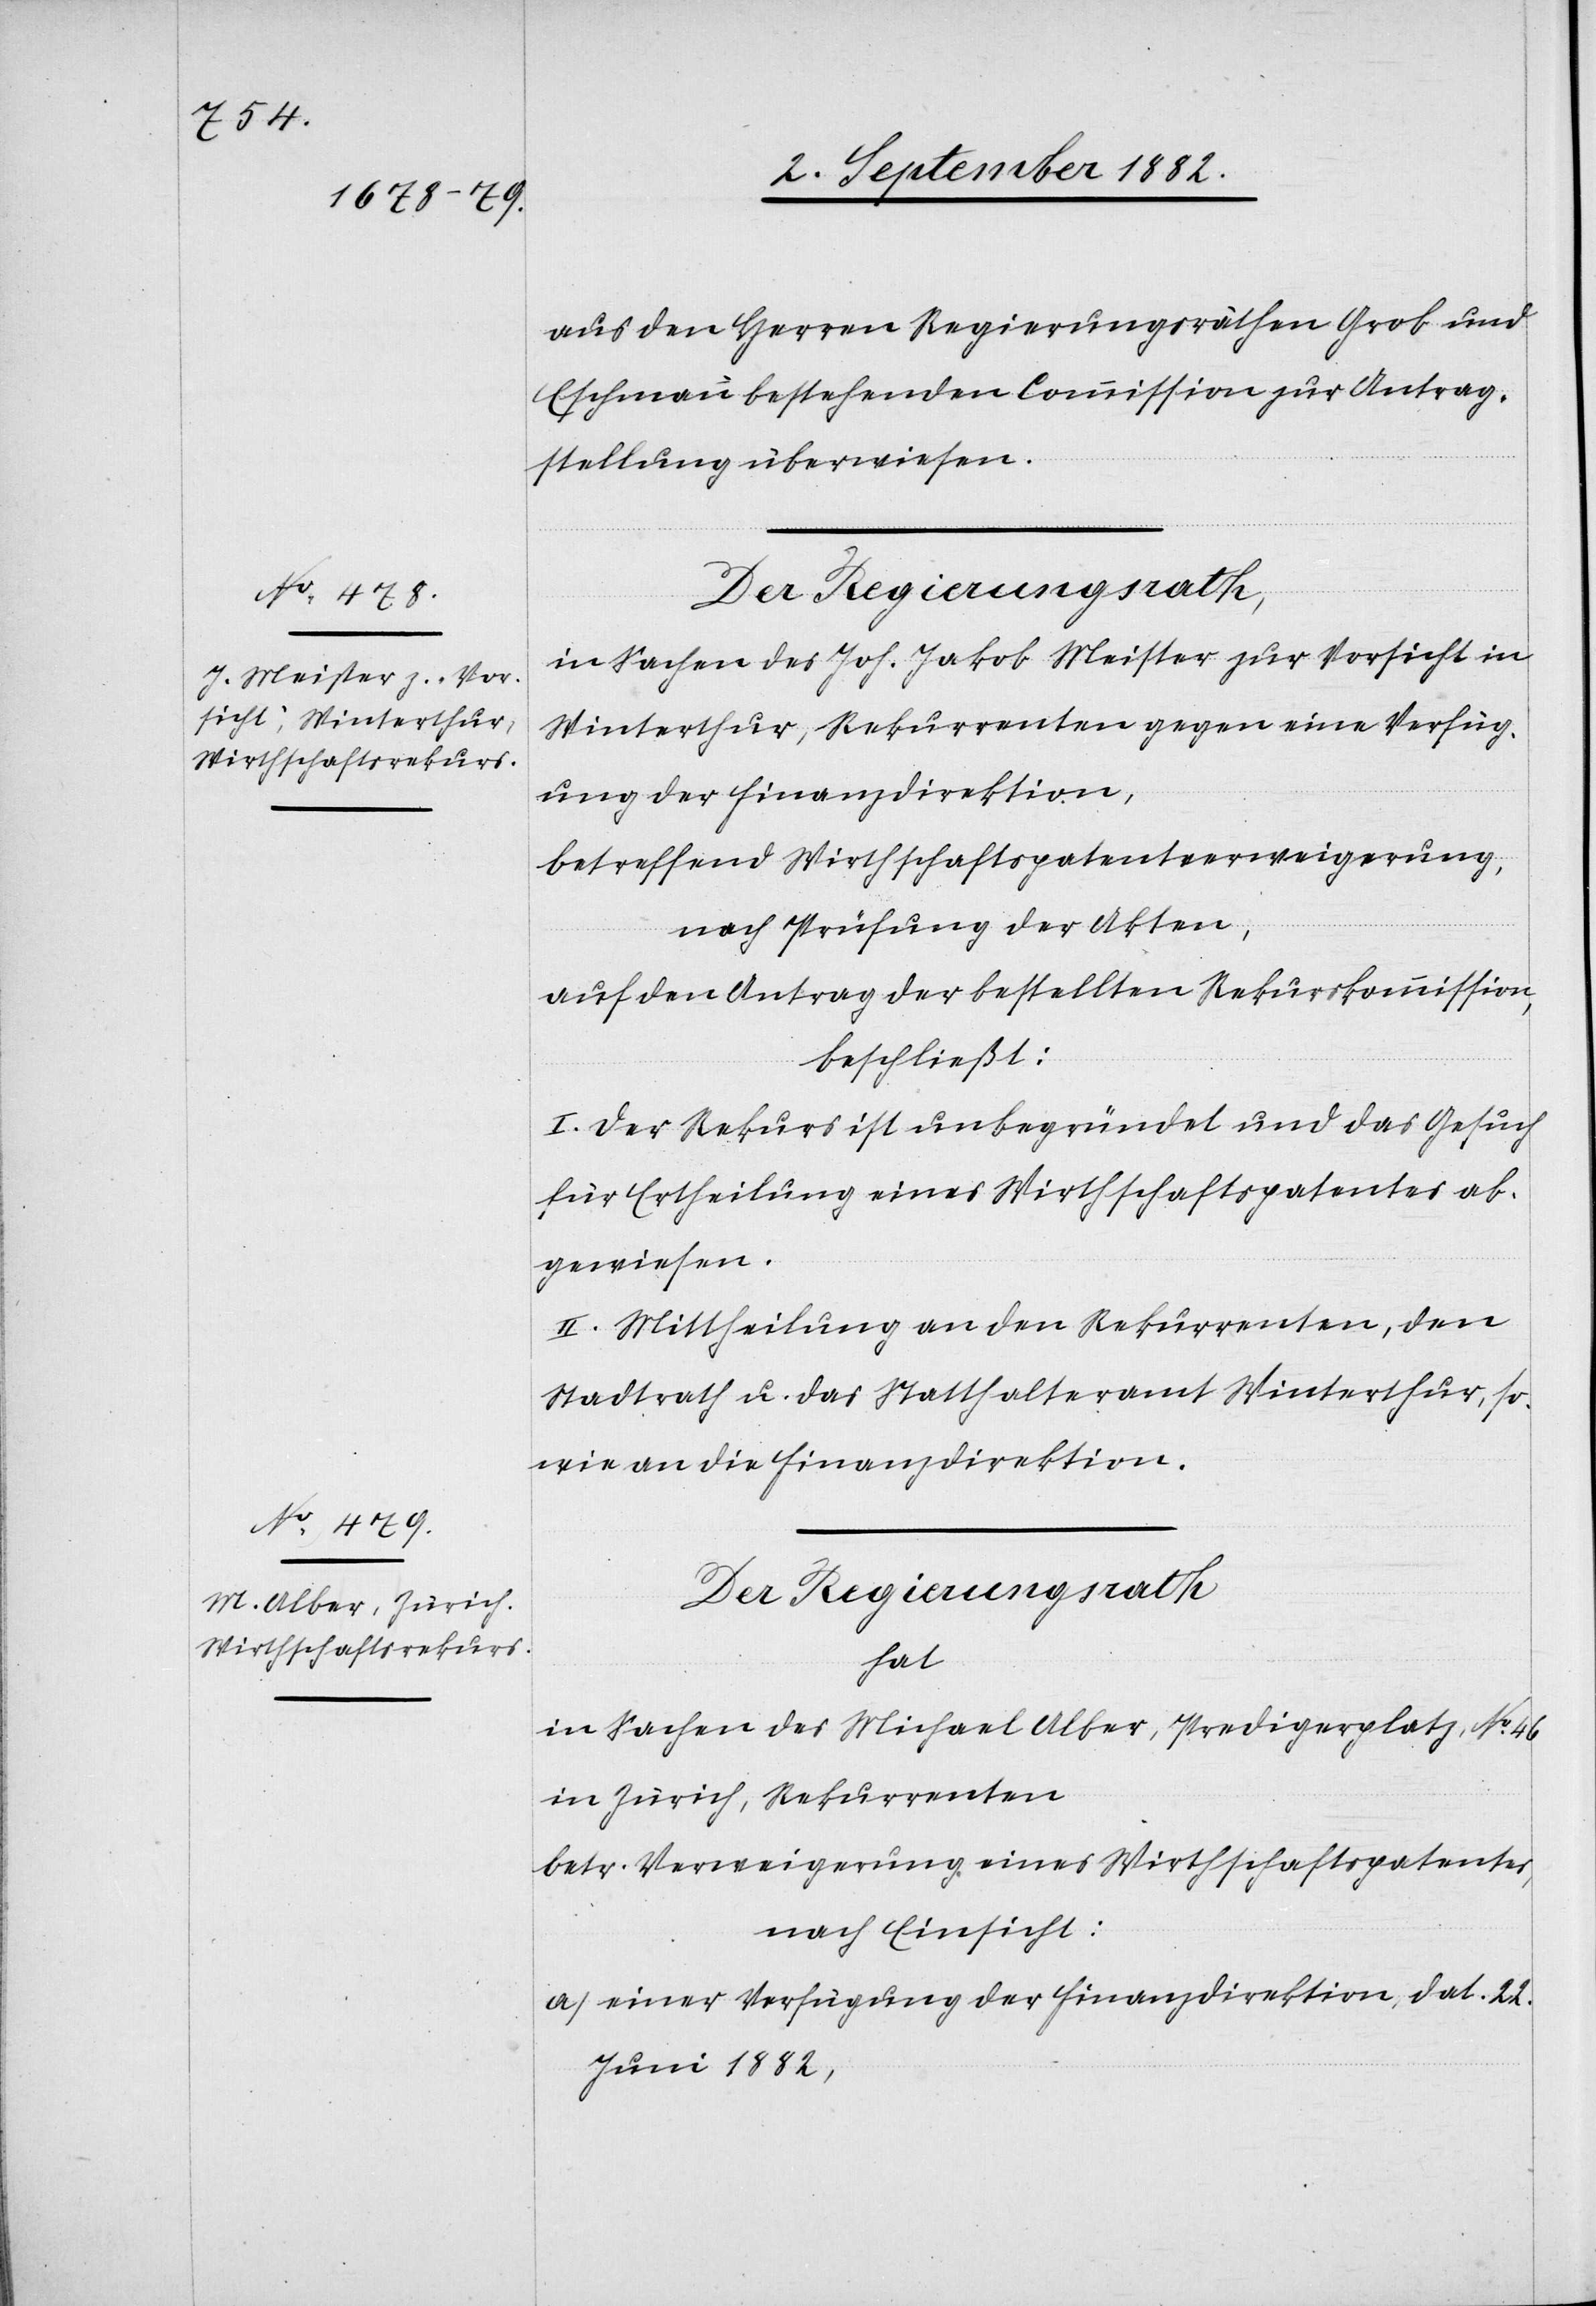
aus den Herren Regierungsräthen Grob und
Eschmann bestehenden Commission zur Antrag¬
stellung überwiesen.
Der Regierungsrath
in Sachen des Joh. Jakob Meister zur Vorsicht in
Winterthur, Rekurrenten gegen eine Verfüg¬
ung der Finanzdirektion,
betreffend Wirthschaftspatentverweigerung,
nach Prüfung der Akten,
auf den Antrag der bestellten Rekurskommission,
beschließt:
I. Der Rekurs ist unbegründet und das Gesuch
für Ertheilung eines Wirthschaftspatentes ab¬
gewiesen.
II. Mittheilung an den Rekurrenten, den
Stadtrath u. das Statthalteramt Winterthur, so¬
wie an die Finanzdirektion.
hat
in Sachen des Michael Alber, Predigerplatz, No 46
in Zürich, Rekurrenten
betr. Verweigerung eines Wirthschaftspatentes,
nach Einsicht:
a) einer Verfügung der Finanzdirektion, dat. 22.
Juni 1882,